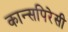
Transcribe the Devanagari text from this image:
कान्सपिरेसी